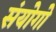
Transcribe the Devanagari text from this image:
संयोगो